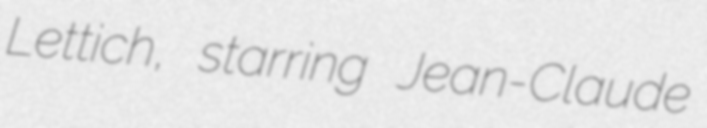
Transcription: Lettich, starring Jean-Claude